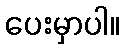
ပေးမှာပါ။